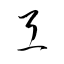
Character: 弖